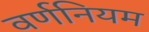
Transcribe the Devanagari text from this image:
वर्णनियम